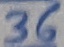
Text: 36